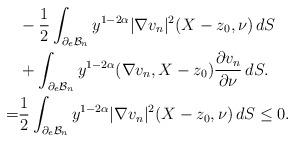
LaTeX: \begin{align*}& -\frac 12 \int_{\partial_e \mathcal B_n}y^{1-2\alpha}|\nabla v_n|^2(X-z_0,\nu)\,dS\\&+\int_{\partial_e \mathcal B_n}y^{1-2\alpha}(\nabla v_n, X-z_0)\frac{\partial v_n}{\partial\nu}\,dS.\\=& \frac 12 \int_{\partial_e \mathcal B_n}y^{1-2\alpha}|\nabla v_n|^2(X-z_0,\nu)\,dS\le0.\end{align*}